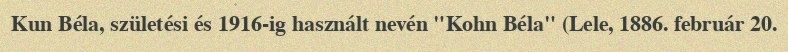
Kun Béla, születési és 1916-ig használt nevén "Kohn Béla" (Lele, 1886. február 20.